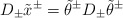
\begin{align*}D_\pm \tilde{x}^\pm=\tilde{\theta}^\pm D_\pm\tilde{\theta}^\pm\end{align*}